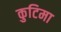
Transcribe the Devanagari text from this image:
कुटिमा